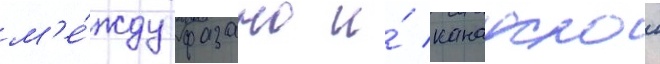
м'е́жду фазано и́ канадскои